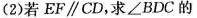
(2)若EF \parallel CD，求∠BDC的